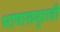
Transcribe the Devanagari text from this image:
भाषासमूहाची